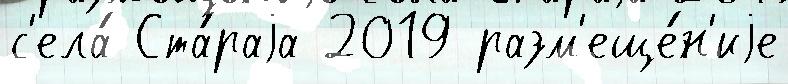
с'ела́ Ста́раjа 2019 разм'еще́н'иjе